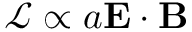
\mathcal { L } \propto a \mathbf { E } \cdot \mathbf { B }